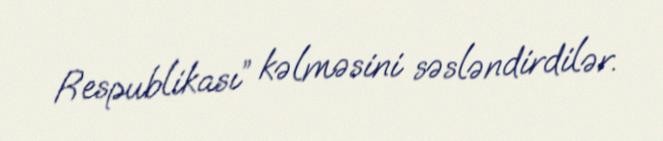
Respublikası” kəlməsini səsləndirdilər.